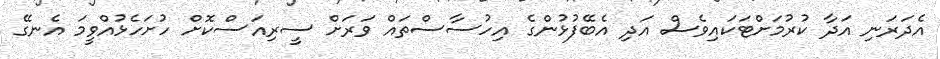
އެދަރަނި އަދާ ކުރުމަށްޓަކައިވެސް އަދި އެބޭފުޅުންގެ އިހުސާސްތައް ވަރަށް ސީރިއަސްކޮށް ހުށަހެޅުއްވީމަ އެނގޭ